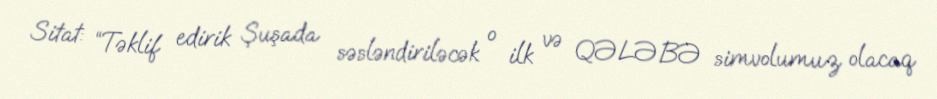
Sitat: “Təklif edirik Şuşada səsləndiriləcək o ilk və QƏLƏBƏ simvolumuz olacaq